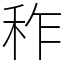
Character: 秨